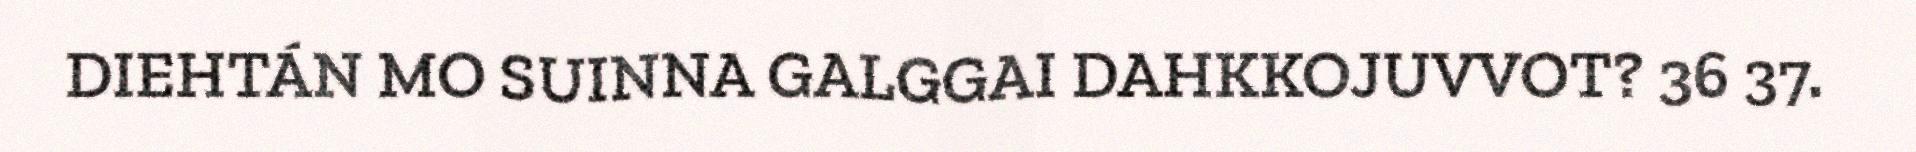
DIEHTÁN MO SUINNA GALGGAI DAHKKOJUVVOT? 36 37.